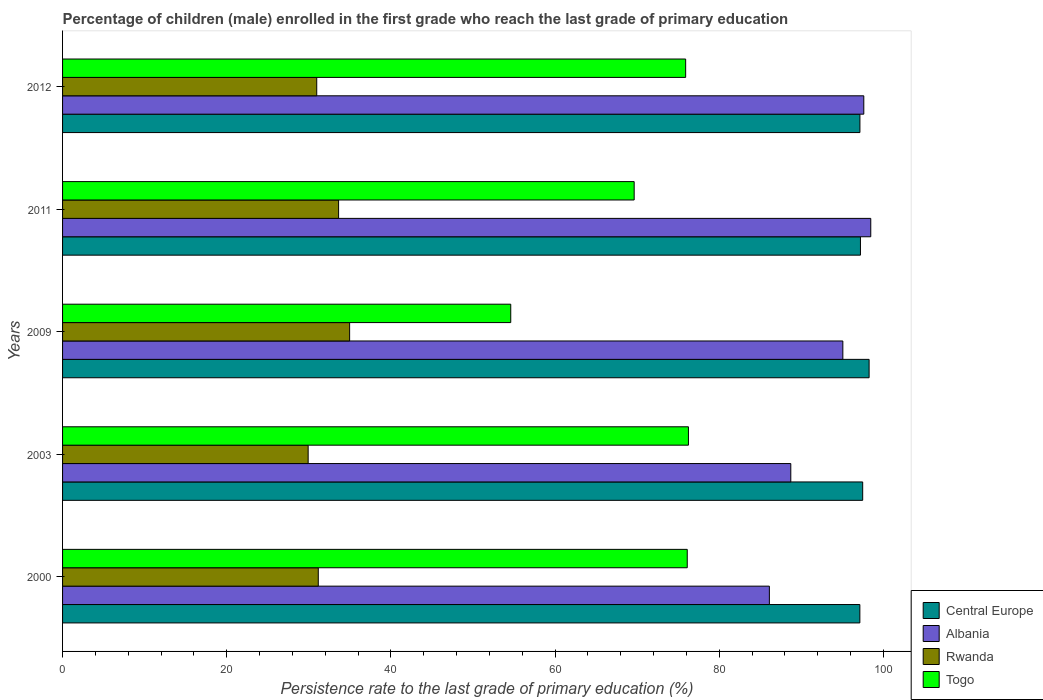
| Years | Central Europe | Albania | Rwanda | Togo |
 | --- | --- | --- | --- | --- |
 | 2000 | 97.1 | 86.1 | 31.2 | 76.1 |
 | 2003 | 97.5 | 88.7 | 29.9 | 76.3 |
 | 2009 | 98.3 | 95.1 | 35 | 54.6 |
 | 2011 | 97.2 | 98.5 | 33.6 | 69.6 |
 | 2012 | 97.1 | 97.6 | 31 | 75.9 |